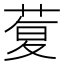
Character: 𰱦